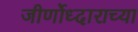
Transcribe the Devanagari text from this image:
जीर्णोध्दाराच्या